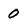
Character: 0